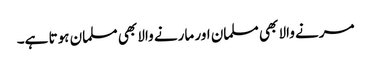
مرنے والا بھی مسلمان اور مارنے والا بھی مسلمان ہوتا ہے۔